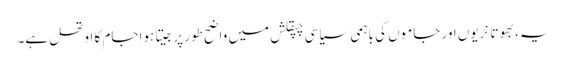
یہ، بھوتا نڑیوں اور جاموں کی باہمی سیاسی چپقلش میں واضح طور پر جیتا ہوا جام کا اوتھل ہے۔